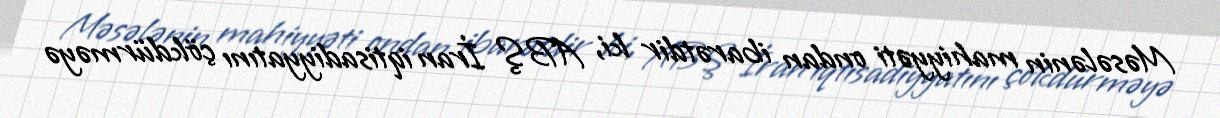
Məsələnin mahiyyəti ondan ibarətdir ki, ABŞ İran iqtisadiyyatını çökdürməyə